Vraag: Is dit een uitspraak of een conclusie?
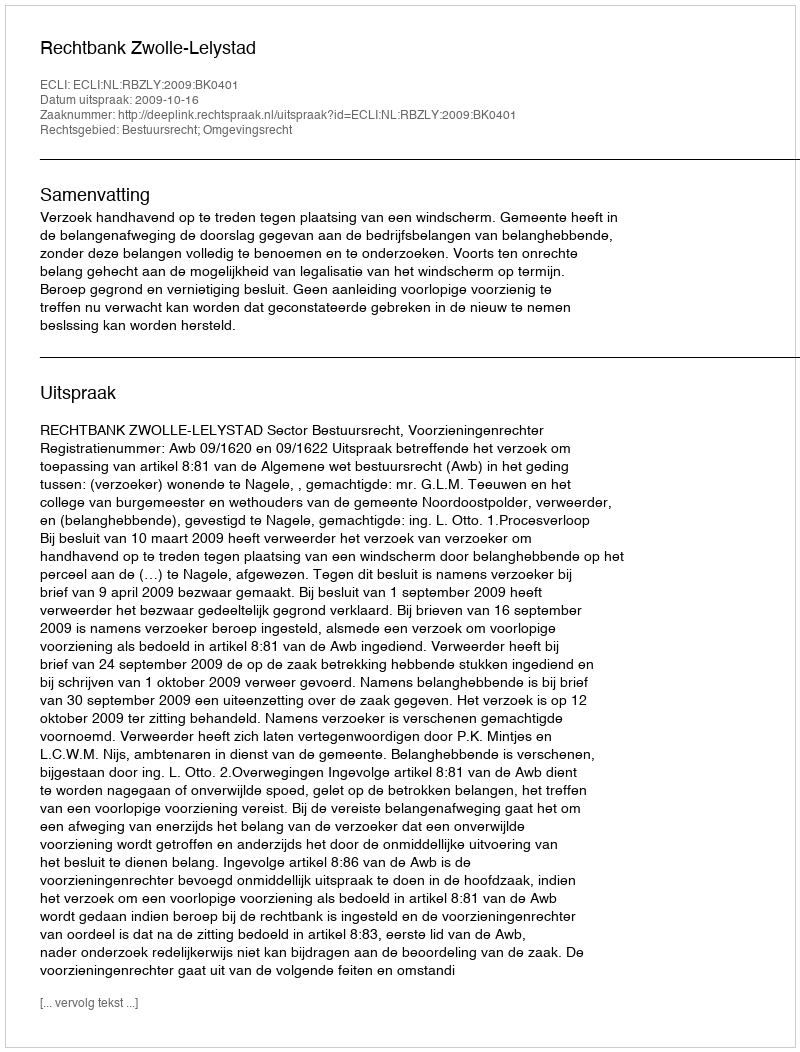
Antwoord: Uitspraak